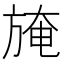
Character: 𣃾